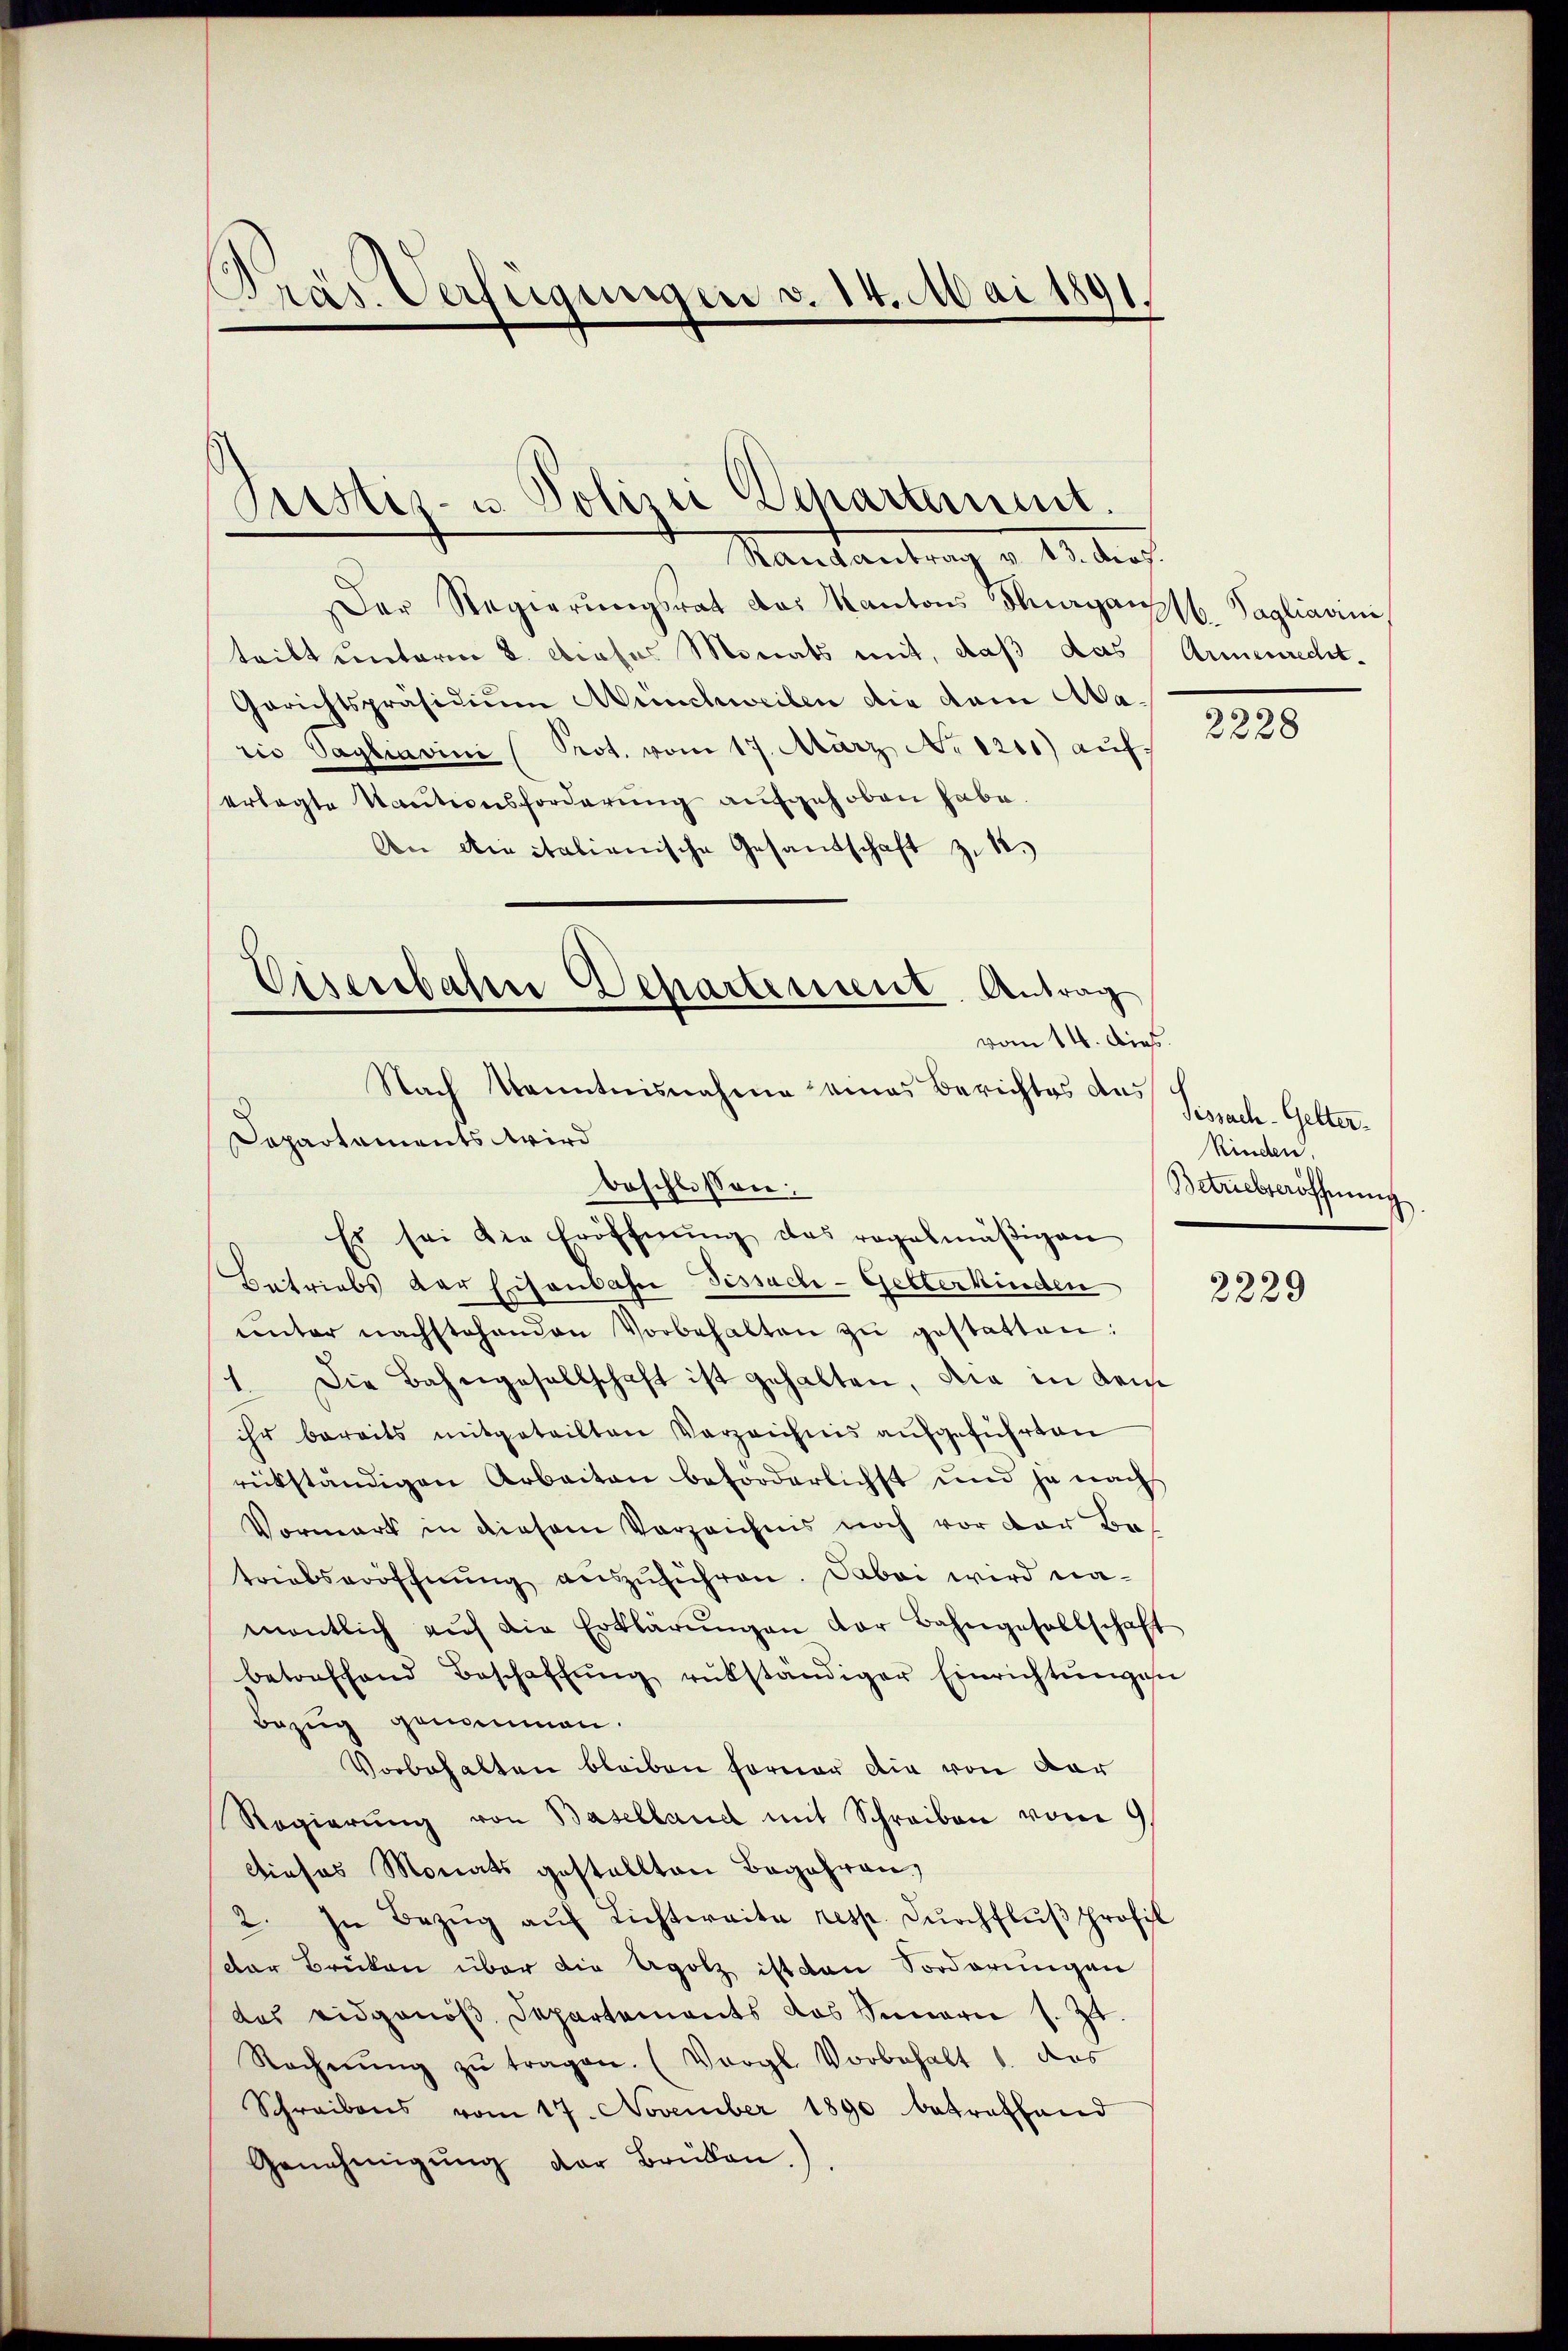
Gras Verfügungen v. 14. Mai 1891.

Justiz- u. Polizei Departement.
Randantrag v. 13. Prof.

Der Regierungsrat das Kantons Thurgaupfl. Sagliarii
tribt unterm 8. Aposas Monats mit, daß das
Gerichtspräsidiŭm Münchweilen die dem Mario Vagliavini Prot. vom 17. März No 1211) auf
erlegte Nationsforderung aufgehoben habe.
An die italienische Gesandschaft zu 12.
vom 14. Dies
Dapartaments wird
beschlossen:
Es sei die Eröffnŭng das regelmäβigen
Betriebs der Eisenbahn Tissach- Gelterkinden
ŭnter nachstehenden Vorbehalten zŭ gestatten:
1. Die Bahngesellschaft ist gehalten, die in dem
ihr bereits mitgeteilten Verzeichnis aufgeführten
rückständigen Arbeiten beforderlichst und ja nach
Vormark in diesem Verzeichnis noch vor der Be-
triebseröffnŭng aŭszŭführen. Dabei wird na-
mentlich auf die Erklärŭngen der Bahngesellschaft
betonfhand Beschaffŭng rükständiger Einrichtŭngese
Bezug gemeinen.
Vorbehalten bleiben ferner die von dar
Regierŭng von Baselland mit Schreiben vom 9.
Dieses Monats gestellten Begehren,
2. In Bezŭg aŭf Lichteraita resp. dŭrchflŭβ profit
der Brücken über die Agolz ist von Sorderungen
das eidgenöβ. Departements das Senarie s. Zt.
Rechnŭng zŭ tragen. (Vergl. Vorbehalt 1. das
Schreibens vom 17. November 1890 betreffend
Genehmigŭng der Brüken.).

Eisenbahre Departement. Antrag
Nach Kenntnisnahme eines Berichtes aus

Armenrecht.

2228

Tissach-Gelter.
kinden.
Betriebseröffnung

2229